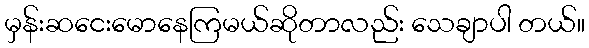
မှန်းဆငေးမောနေကြမယ်ဆိုတာလည်း သေချာပါ တယ်။